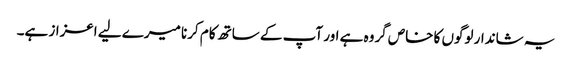
یہ شاندار لوگوں کا خاص گروہ ہے اور آپ کے ساتھ کام کرنا میرے لیے اعزاز ہے۔